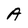
Character: A